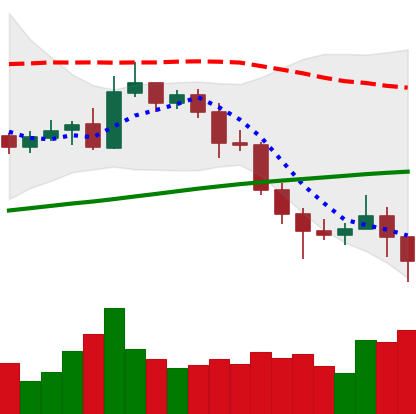
Ticker: NEO-USD
Chart end date: 2020-11-04
Forward return: 9.243%
Label: up_7plus